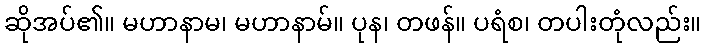
ဆိုအပ်၏။ မဟာနာမ၊ မဟာနာမ်။ ပုန၊ တဖန်။ ပရံစ၊ တပါးတုံလည်း။